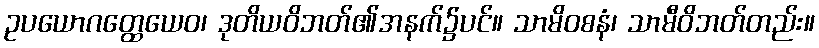
ဥပယောဂတ္ထေယေဝ၊ ဒုတိယဝိဘတ်၏အနက်၌ပင်။ သာမိဝစနံ၊ သာမီဝိဘတ်တည်း။